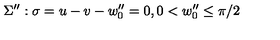
\Sigma ^ { \prime \prime } : \sigma = u - v - w _ { 0 } ^ { \prime \prime } = 0 , 0 < w _ { 0 } ^ { \prime \prime } \leq \pi / 2